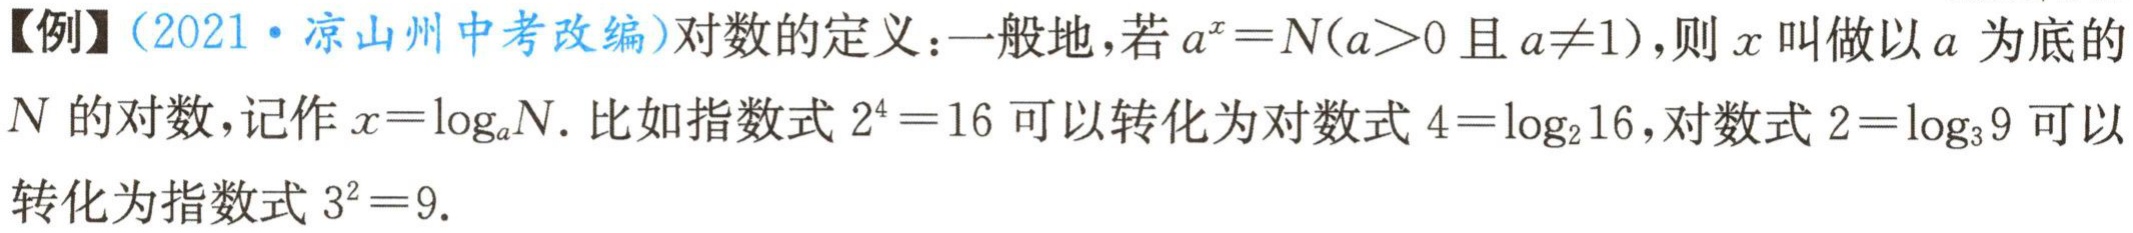
【例】（2021·凉山州中考改编）对数的定义：一般地，若\(a^{x}=N(a > 0\)且\(a\neq1)\)，则\(x\)叫做以\(a\)为底的\(N\)的对数，记作\(x = \log_{a}N\). 比如指数式\(2^{4}=16\)可以转化为对数式\(4=\log_{2}16\)，对数式\(2=\log_{3}9\)可以转化为指数式\(3^{2}=9\).